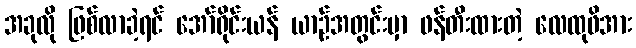
အခုလို ဖြစ်လာခဲ့ရင် အော်ရိုင်းယန် ယာဉ်အတွင်းမှာ ဖန်တီးထားတဲ့ လေထုဖိအား